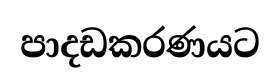
පාදඩකරණයට